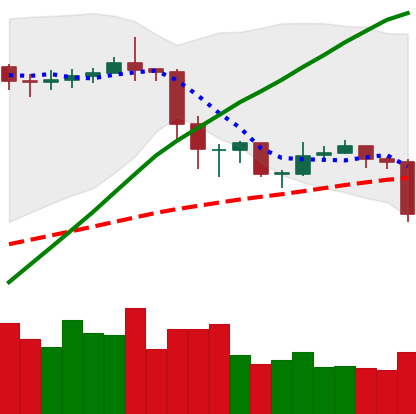
Ticker: ETC-USD
Chart end date: 2020-02-26
Forward return: 9.382%
Label: up_7plus